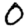
Digit: 0